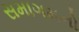
સમાગમનો